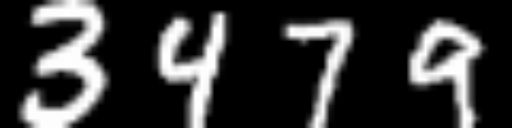
Text: 3479